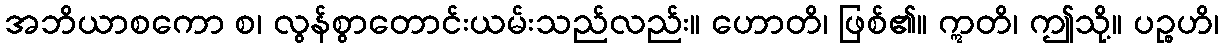
အဘိယာစကော စ၊ လွန်စွာတောင်းယမ်းသည်လည်း။ ဟောတိ၊ ဖြစ်၏။ ဣတိ၊ ဤသို့။ ပဉ္စဟိ၊